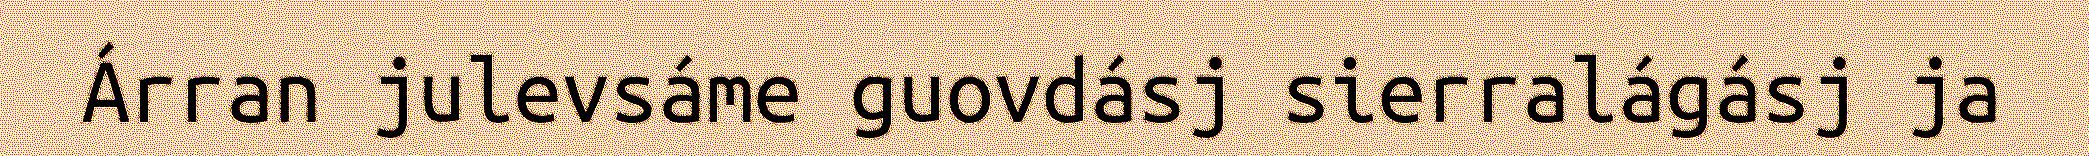
Árran julevsáme guovdásj sierralágásj ja